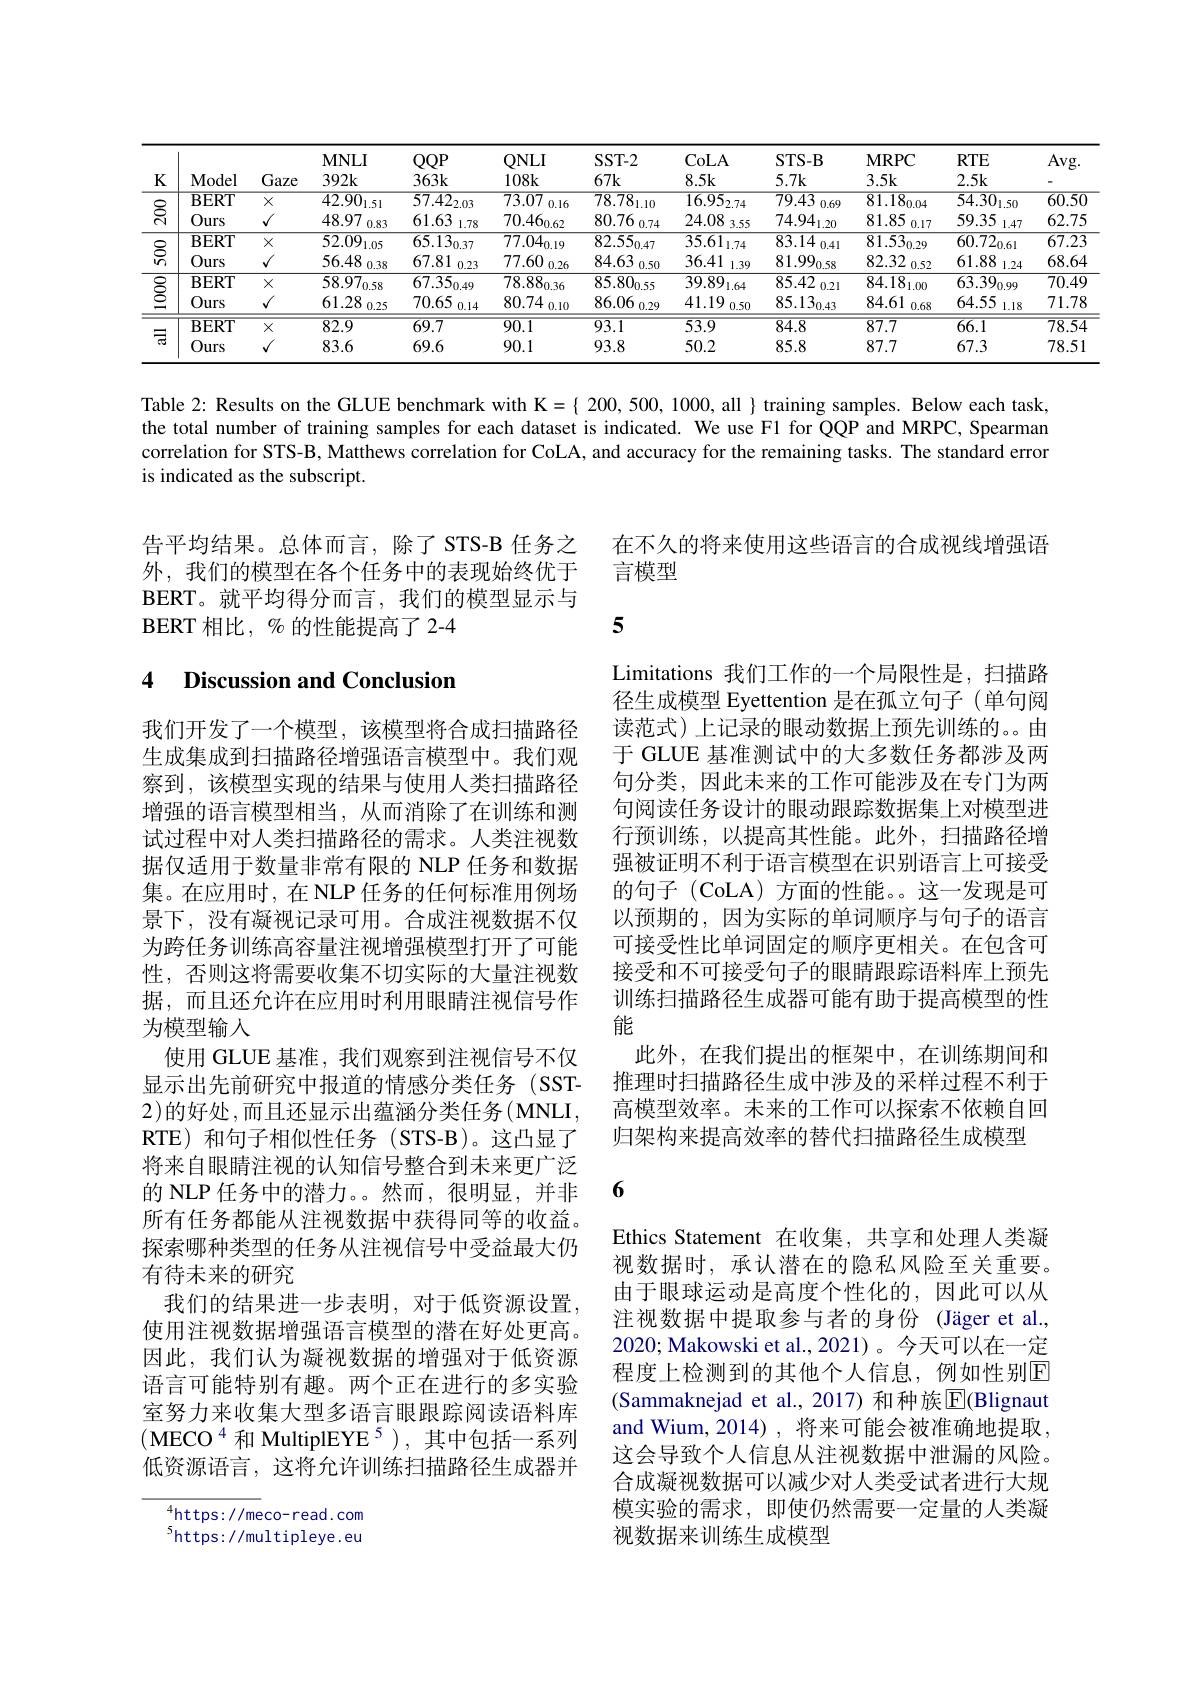
<table>
	<tbody>
		<tr>
			<th>$K$</th>
			<th>Model</th>
			<th>Gaze</th>
			<th>$\mathbf{MNLI}$ $392k$</th>
			<th>$QQP$ $363k$</th>
			<th>$QNLI$ 108k</th>
			<th>$SST-2$ $67k$</th>
			<th>CoLA 8.5k</th>
			<th>STS- B 5.7k</th>
			<th>$\mathbf{MRPC}$ 3.5k</th>
			<th>$RTE$ 2.5k</th>
			<th>$Av_{\mathrm{j}}$</th>
		</tr>
		<tr>
			<td rowspan="2"></td>
			<td>$\overline{BERT}$</td>
			<td>$X$</td>
			<td>${\overline{42.90_{\mathrm{l.5l}}}}$</td>
			<td>$\overline{57.42_{2.03}}$</td>
			<td>$\overline{73.07}$ 0.16</td>
			<td>$\overline{78.78_{1.10}}$</td>
			<td>$\overline{16.95_{2.74}}$</td>
			<td>79.43 0.69</td>
			<td>$81.18_{0.04}$</td>
			<td>$\overline{54.30_{1.50}}$</td>
			<td>$\overline{60.}$</td>
		</tr>
		<tr>
			<td>Ours</td>
			<td>1</td>
			<td>48.97 0.83</td>
			<td>61.63 1.78</td>
			<td>$70.46_{0.62}$</td>
			<td>80.76 0.74</td>
			<td>24.08 3.55</td>
			<td>$74.94_{\mathrm{l.20}}$</td>
			<td>81.85 0.17</td>
			<td>59.35 1.47</td>
			<td>62.</td>
		</tr>
		<tr>
			<td rowspan="2">$S_n$</td>
			<td>$\overline{BERT}$</td>
			<td>$X$</td>
			<td>52.09 1.05</td>
			<td>$65.13_{0.37}$</td>
			<td>$\overline{77.04_{0.19}}$</td>
			<td>$\overline{82.55_{0.47}}$</td>
			<td>$\overline{35.61_{1.74}}$</td>
			<td>$83.14_{0.41}$</td>
			<td>$81.53_{0.29}$</td>
			<td>$60.72_{0.61}$</td>
			<td>$\overline{67}.$</td>
		</tr>
		<tr>
			<td>Ours</td>
			<td>/</td>
			<td>56.48 0.38</td>
			<td>67.81 0.23</td>
			<td>77.60 0.26</td>
			<td>84.63 0.50</td>
			<td>36.41 1.39</td>
			<td>$81.99_{0.58}$</td>
			<td>82.32 0.52</td>
			<td>61.88 1.24</td>
			<td>68.</td>
		</tr>
		<tr>
			<td rowspan="2"></td>
			<td>$\mathbf{BERT}$</td>
			<td>$X$</td>
			<td>$\overline{58.97_{0.58}}$</td>
			<td>$\overline{67.35_{0.49}}$</td>
			<td>$\overline{78.88_{0.36}}$</td>
			<td>$\overline{85.80_{0.55}}$</td>
			<td>$\overline{39.89_{1.64}}$</td>
			<td>85.42 0.21</td>
			<td>$84.18_{1.00}$</td>
			<td>$63.39_{0.99}$</td>
			<td>$\overline{70.}$</td>
		</tr>
		<tr>
			<td>Ours</td>
			<td>1</td>
			<td>61.28 0.25</td>
			<td>70.65 0.14</td>
			<td>$80.74\:_{0.10}$ T</td>
			<td>86.06 0.29</td>
			<td>41.19 0.50</td>
			<td>$85.13_{0.43}$</td>
			<td>84.61 0.68</td>
			<td>64.55 1.18</td>
			<td>71</td>
		</tr>
		<tr>
			<td rowspan="2">司</td>
			<td>$\mathbf{BERT}$</td>
			<td>$X$</td>
			<td>$\overline{82.9}$</td>
			<td>$\overline{69.7}$</td>
			<td>$\overline{90.1}$</td>
			<td>$\overline{93.1}$</td>
			<td>$\overline{53.9}$</td>
			<td>$\overline{84.8}$</td>
			<td>87.7</td>
			<td>$\overline{66.1}$</td>
			<td>$\overline{78}.$</td>
		</tr>
		<tr>
			<td>Ours</td>
			<td>$J$</td>
			<td>83.6</td>
			<td>69.6</td>
			<td>90.1</td>
			<td>93.8</td>
			<td>50.2</td>
			<td>85.8</td>
			<td>87.7</td>
			<td>67.3</td>
			<td>78.</td>
		</tr>
	</tbody>
</table>

Table 2: Results on the GLUE benchmark with K={ 200, 500, 1000, all }training samples. Below each task, the total number of training samples for each dataset is indicated. We use F1 for QQP and MRPC, Spearman correlation for STS-B, Matthews correlation for CoLA, and accuracy for the remaining tasks. The standard error is indicated as the subscript.

在不久的将来使用这些语言的合成视线增强语
言模型

告平均结果。总体而言，除了 STS-B 任务之外，我们的模型在各个任务中的表现始终优于BERT。就平均得分而言，我们的模型显示与BERT 相比，% 的性能提高了 2-4

5

# 4 Discussion and Conclusion

Limitations 我们工作的一个局限性是，扫描路径生成模型 Eyettention 是在孤立句子 (单句阅读范式)上记录的眼动数据上预先训练的。由于 GLUE 基准测试中的大多数任务都涉及两句分类，因此未来的工作可能涉及在专门为两句阅读任务设计的眼动跟踪数据集上对模型进行预训练，以提高其性能。此外，扫描路径增强被证明不利于语言模型在识别语言上可接受的句子 (CoLA) 方面的性能。这一发现是可以预期的，因为实际的单词顺序与句子的语言可接受性比单词固定的顺序更相关。在包含可接受和不可接受句子的眼睛跟踪语料库上预先训练扫描路径生成器可能有助于提高模型的性能
此外，在我们提出的框架中，在训练期间和推理时扫描路径生成中涉及的采样过程不利于高模型效率。未来的工作可以探索不依赖自回归架构来提高效率的替代扫描路径生成模型

我们开发了一个模型，该模型将合成扫描路径生成集成到扫描路径增强语言模型中。我们观察到，该模型实现的结果与使用人类扫描路径增强的语言模型相当，从而消除了在训练和测试过程中对人类扫描路径的需求。人类注视数据仅适用于数量非常有限的 NLP 任务和数据集。在应用时，在 NLP 任务的任何标准用例场景下，没有凝视记录可用。合成注视数据不仅为跨任务训练高容量注视增强模型打开了可能性，否则这将需要收集不切实际的大量注视数据，而且还允许在应用时利用眼睛注视信号作为模型输人
使用 GLUE 基准，我们观察到注视信号不仅显示出先前研究中报道的情感分类任务(SST- 2)的好处，而且还显示出蕴涵分类任务(MNLI, RTE) 和句子相似性任务 (STS-B)。这凸显了将来自眼睛注视的认知信号整合到未来更广泛的 NLP 任务中的潜力。。然而，很明显，并非所有任务都能从注视数据中获得同等的收益。探索哪种类型的任务从注视信号中受益最大仍有待未来的研究
我们的结果进一步表明，对于低资源设置， 使用注视数据增强语言模型的潜在好处更高。因此，我们认为凝视数据的增强对于低资源语言可能特别有趣。两个正在进行的多实验室努力来收集大型多语言眼跟踪阅读语料库$(\mathrm{MECO}^{4}$和 MultiplEYE$^5)$,其中包括一系列低资源语言，这将允许训练扫描路径生成器并

6

Ethics Statement 在收集，共享和处理人类凝视数据时，承认潜在的隐私风险至关重要。由于眼球运动是高度个性化的，因此可以从注视数据中提取参与者的身份(Jäger et al., 2020; Makowski et al., 2021)。今天可以在一定程度上检测到的其他个人信息，例如性别$\mathbb{E}$ (Sammaknejad et al.,2017)和种族$\overline{\mathrm{E}}($Blignaut and Wium, 2014), 将来可能会被准确地提取， 这会导致个人信息从注视数据中泄漏的风险。合成凝视数据可以减少对人类受试者进行大规模实验的需求，即使仍然需要一定量的人类凝视数据来训练生成模型

$^{4}$https://meco-read.com $^{5}$https://multipleye.eu